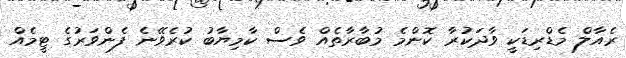
ރެއާލް މެޑްރިޑަކީ ވާދަކުރާ ކޮންމެ މުބާރާތެއް ވެސް ކާމިޔާބު ކުރެވޭނެ ފެންވަރުގެ ޓީމެއް